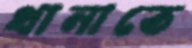
থানাতে